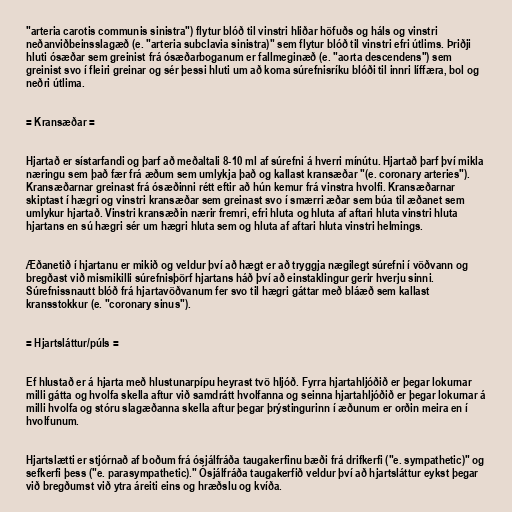
"arteria carotis communis sinistra") flytur blóð til vinstri hliðar höfuðs og háls og vinstri
neðanviðbeinsslagæð (e. "arteria subclavia sinistra)" sem flytur blóð til vinstri efri útlims. Þriðji
hluti ósæðar sem greinist frá ósæðarboganum er fallmeginæð (e. "aorta descendens") sem
greinist svo í fleiri greinar og sér þessi hluti um að koma súrefnisríku blóði til innri líffæra, bol og
neðri útlima.

= Kransæðar =

Hjartað er sístarfandi og þarf að meðaltali 8-10 ml af súrefni á hverri mínútu. Hjartað þarf því mikla
næringu sem það fær frá æðum sem umlykja það og kallast kransæðar "(e. coronary arteries").
Kransæðarnar greinast frá ósæðinni rétt eftir að hún kemur frá vinstra hvolfi. Kransæðarnar
skiptast í hægri og vinstri kransæðar sem greinast svo í smærri æðar sem búa til æðanet sem
umlykur hjartað. Vinstri kransæðin nærir fremri, efri hluta og hluta af aftari hluta vinstri hluta
hjartans en sú hægri sér um hægri hluta sem og hluta af aftari hluta vinstri helmings.

Æðanetið í hjartanu er mikið og veldur því að hægt er að tryggja nægilegt súrefni í vöðvann og
bregðast við mismikilli súrefnisþörf hjartans háð því að einstaklingur gerir hverju sinni.
Súrefnissnautt blóð frá hjartavöðvanum fer svo til hægri gáttar með bláæð sem kallast
kransstokkur (e. "coronary sinus").

= Hjartsláttur/púls =

Ef hlustað er á hjarta með hlustunarpípu heyrast tvö hljóð. Fyrra hjartahljóðið er þegar lokurnar
milli gátta og hvolfa skella aftur við samdrátt hvolfanna og seinna hjartahljóðið er þegar lokurnar á
milli hvolfa og stóru slagæðanna skella aftur þegar þrýstingurinn í æðunum er orðin meira en í
hvolfunum.

Hjartslætti er stjórnað af boðum frá ósjálfráða taugakerfinu bæði frá drifkerfi ("e. sympathetic)" og
sefkerfi þess ("e. parasympathetic)." Ósjálfráða taugakerfið veldur því að hjartsláttur eykst þegar
við bregðumst við ytra áreiti eins og hræðslu og kvíða.